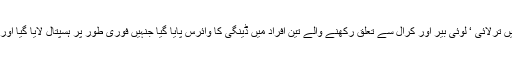
انہوں نے کہا کہ رواں ڈینگی سیزن میں ترلائی ‘ لوئی بیر اور کرال سے تعلق رکھنے والے تین افراد میں ڈینگی کا وائرس پایا گیا جنہیں فوری طور پر ہسپتال لایا گیا اور علاج کے بعد انہیں ڈسچارج کیا گیا ۔